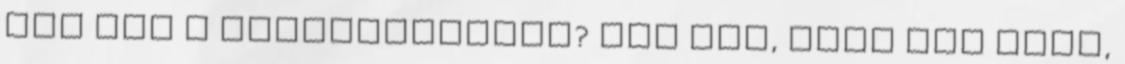
jön ide a spiritualitás? Hát úgy, hogy egy laza,